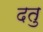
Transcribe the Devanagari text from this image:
दतु